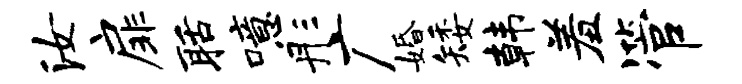
汝扉聒噫彤广婚矮韩羞管